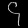
Digit: ၄